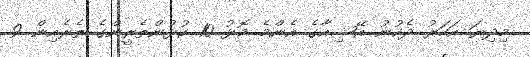
މިދިޔަ އަހަރު ދެކުނު އޭޝިއާގެ އެންމެ މޮޅު 10 ކުޅުންތެރީންގެ ތެރެއިން 9